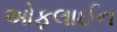
ઓફલાઈન